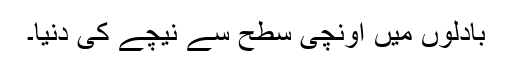
بادلوں میں اونچی سطح سے نیچے کی دنیا۔